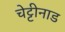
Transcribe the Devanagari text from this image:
चेट्टीनाड